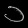
Digit: ၁